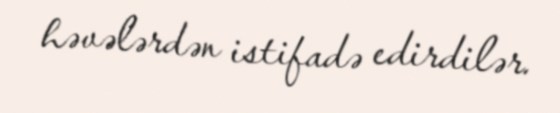
həvələrdən istifadə edirdilər.